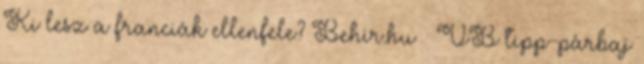
Ki lesz a franciák ellenfele? Behir.hu – VB tipp-párbaj